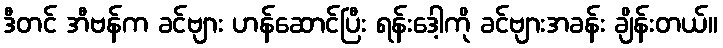
ဒီတင် အီဗန်က ခင်ဗျား ဟန်ဆောင်ပြီး ရန်းဒေါ့ကို ခင်ဗျားအခန်း ချိန်းတယ်။